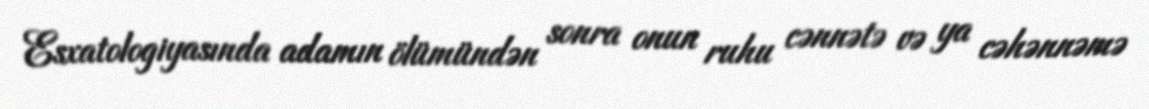
Esxatologiyasında adamın ölümündən sonra onun ruhu cənnətə və ya cəhənnəmə